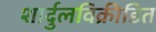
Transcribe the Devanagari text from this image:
शार्दुलविक्रीडित